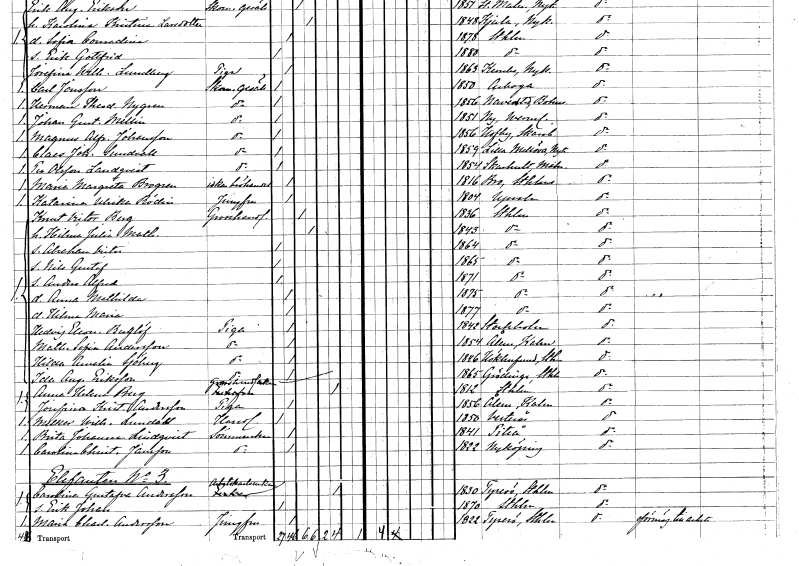
gt_parse: households: individuals: FN: Claes Johannes
EN: Sundvall
YRKE: Skomakaregesäll
KON: M
CIV: O
FODAR: 1859
FODFORS: Lilla Mellösa Södermanlands län
FN: Per
EN: Olsson Landqvist
YRKE: Skomakaregesäll
KON: M
CIV: O
FODAR: 1854
FODFORS: Skarhult Malmöhus län
FN: Maria Margareta
EN: Brogren
YRKE: Fröhandlerska
KON: K
CIV: O
FODAR: 1816
FODFORS: Bro Stockholms län
FN: Katarina Ulrika
EN: Rödin
YRKE: Jungfru
KON: K
CIV: O
FODAR: 1804
FODFORS: Uppsala Uppsala län
FN: Knut Victor
EN: Berg
YRKE: Grosshandlare
KON: M
CIV: G
FODAR: 1836
FODFORS: Stockholm
FN: Hilda Julia Mathilda
KON: K
CIV: G
FODAR: 1843
FODFORS: Stockholm
FN: Abraham Victor
KON: M
CIV: O
FODAR: 1864
FODFORS: Stockholm
FN: Nils Gustaf
KON: M
CIV: O
FODAR: 1865
FODFORS: Stockholm
FN: Anders Alfred
KON: M
CIV: O
FODAR: 1871
FODFORS: Stockholm
FN: Anna Mathilda
KON: K
CIV: O
FODAR: 1875
FODFORS: Stockholm
FN: Hilma Maria
KON: K
CIV: O
FODAR: 1877
FODFORS: Stockholm
FN: Hedvig Eleonora
EN: Berglöf
YRKE: Piga
KON: K
CIV: O
FODAR: 1842
FODFORS: Stockholm
FN: Mathilda Sofia
EN: Andersson
YRKE: Piga
KON: K
CIV: O
FODAR: 1854
FODFORS: Ålem Kalmar län
FN: Hilda Amelia
EN: Sjöberg
YRKE: Piga
KON: K
CIV: O
FODAR: 1846
FODFORS: Hökhuvud Uppsala län
FN: Ida Augusta
EN: Eriksson
YRKE: Piga
KON: K
CIV: O
FODAR: 1865
FODFORS: Grödinge Stockholms län
FN: Anna Helena
EN: Berg
YRKE: Grosshandlareänka
KON: K
CIV: E
FODAR: 1812
FODFORS: Stockholm
FN: Josefina Kristina
EN: Andersson
YRKE: Piga
KON: K
CIV: O
FODAR: 1856
FODFORS: Ålem Kalmar län
FN: Melker Wilhelm
EN: Lundahl
YRKE: Handlande
KON: M
CIV: O
FODAR: 1850
FODFORS: Västerås Västmanlands län
FN: Brita Johanna
EN: Lindqvist
YRKE: Sömmerska
KON: K
CIV: O
FODAR: 1841
FODFORS: Piteå Norrbottens län
FN: Carolina Christina
EN: Jansson
YRKE: Sömmerska
KON: K
CIV: O
FODAR: 1822
FODFORS: Nyköping Södermanlands län
FN: Carolina Gustafva
EN: Andersson
YRKE: Arbetskarlsänka
KON: K
CIV: E
FODAR: 1830
FODFORS: Tyresö Stockholms län
FN: Erik Johan
KON: M
CIV: O
FODAR: 1870
FODFORS: Stockholm
FN: Maria Charlotta
EN: Andersson
YRKE: Jungfru
KON: K
CIV: O
FODAR: 1822
FODFORS: Tyresö Stockholms län